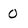
Character: 0